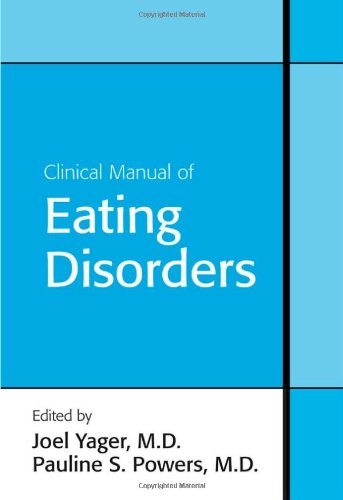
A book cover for Clinical Manual of Eating Disorders; Joel Yager; Health, Fitness & Dieting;